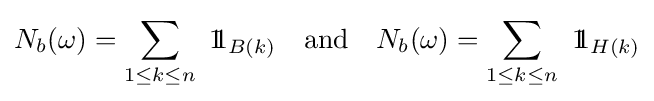
N_{b}(\omega )=\sum _{1\leq k\leq n}\ 1\!\!1_{B(k)}\quad {\text{and}}\quad N_{b}(\omega )=\sum _{1\leq k\leq n}\ 1\!\!1_{H(k)}